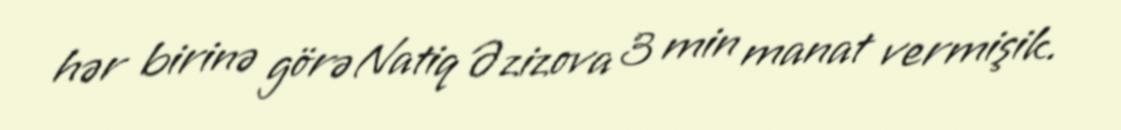
hər birinə görə Natiq Əzizova 3 min manat vermişik.